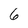
Character: 6